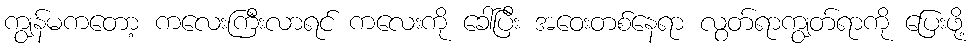
ကျွန်မကတော့ ကလေးကြီးလာရင် ကလေးကို ခေါ်ပြီး အဝေးတစ်နေရာ လွတ်ရာကျွတ်ရာကို ပြေးဖို့